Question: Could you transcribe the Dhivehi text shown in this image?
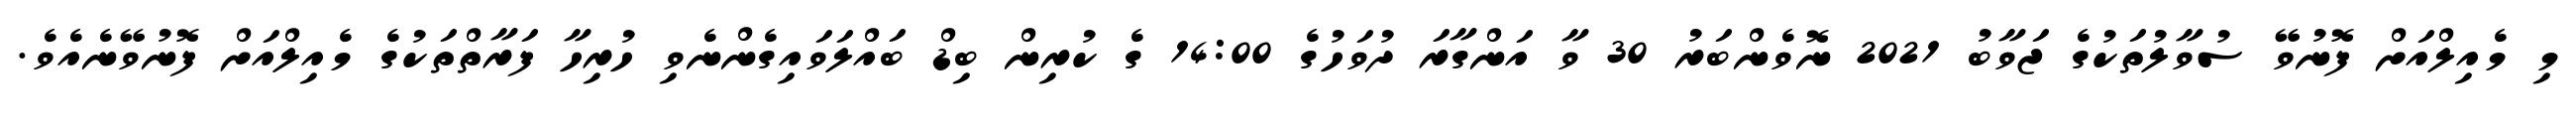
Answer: މި މެއިލްއަށް ފޮނުވޭ ސުވާލުތަކުގެ ޖަވާބު 2021 ނޮވެންބަރު 30 ވާ އަންގާރަ ދުވަހުގެ 14:00 ގެ ކުރިން ބިޑް ބައްލަވައިގެންނެވި ހުރިހާ ފަރާތްތަކުގެ މެއިލްއަށް ފޮނުވޭނެއެވެ.